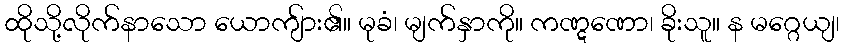
ထိုသို့လိုက်နာသော ယောကျ်ား၏။ မုခံ၊ မျက်နှာကို။ ကဏ္ဋဏော၊ ခိုးသူ။ န မဂ္ဂေယျ၊